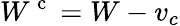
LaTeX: W^{\mathrm{~c~}}=W-v_{c}